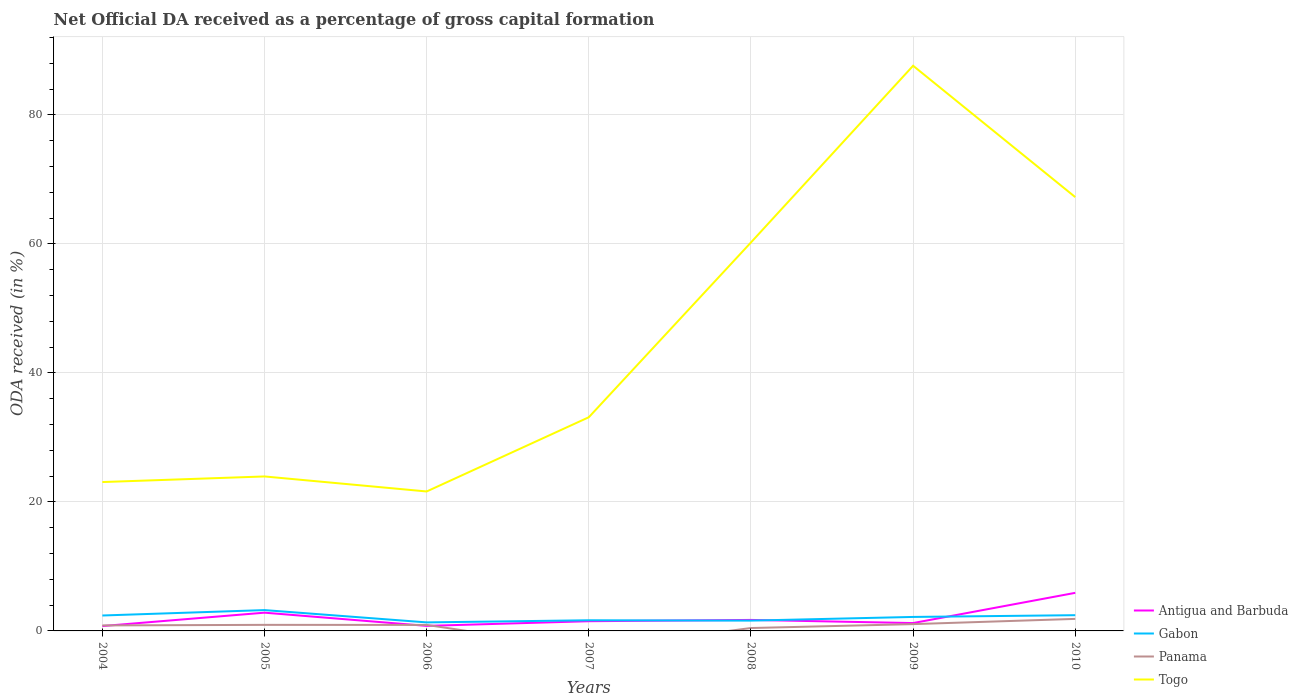
| Years | Antigua and Barbuda | Gabon | Panama | Togo |
 | --- | --- | --- | --- | --- |
 | 2004 | 0.754 | 2.39 | 0.852 | 23.1 |
 | 2005 | 2.83 | 3.23 | 0.94 | 24 |
 | 2006 | 0.783 | 1.32 | 0.93 | 21.6 |
 | 2007 | 1.51 | 1.65 | -2.83 | 33.1 |
 | 2008 | 1.71 | 1.6 | 0.449 | 60.2 |
 | 2009 | 1.22 | 2.17 | 1.05 | 87.6 |
 | 2010 | 5.9 | 2.44 | 1.87 | 67.3 |